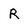
Character: R